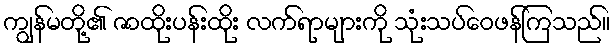
ကျွန်မတို့၏ ဇာထိုးပန်းထိုး လက်ရာများကို သုံးသပ်ဝေဖန်ကြသည်။